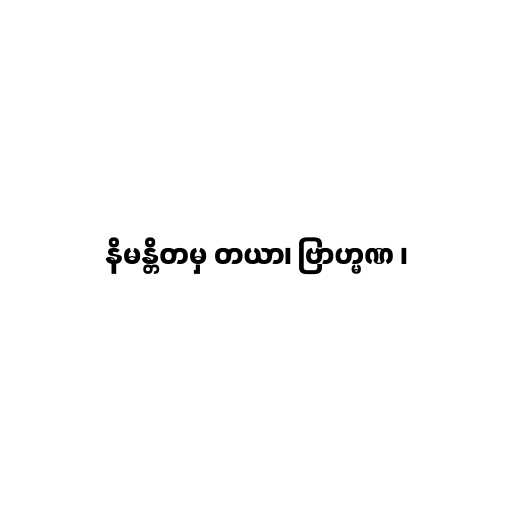
နိမန္တိတမှ တယာ၊ ဗြာဟ္မဏ ၊